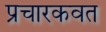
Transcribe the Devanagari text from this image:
प्रचारकवत